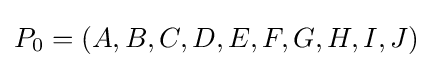
P_{0}=\left(A,B,C,D,E,F,G,H,I,J\right)